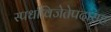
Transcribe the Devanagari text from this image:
स्पर्धाविजेतेपदांसह